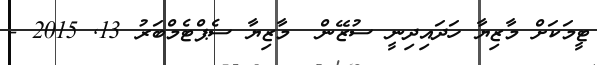
ޓީމަކަށް މާޒިޔާ ހަދައިދިނީ ސުޒޭން  މާޒިޔާ ސެޕްޓެމްބަރު 13